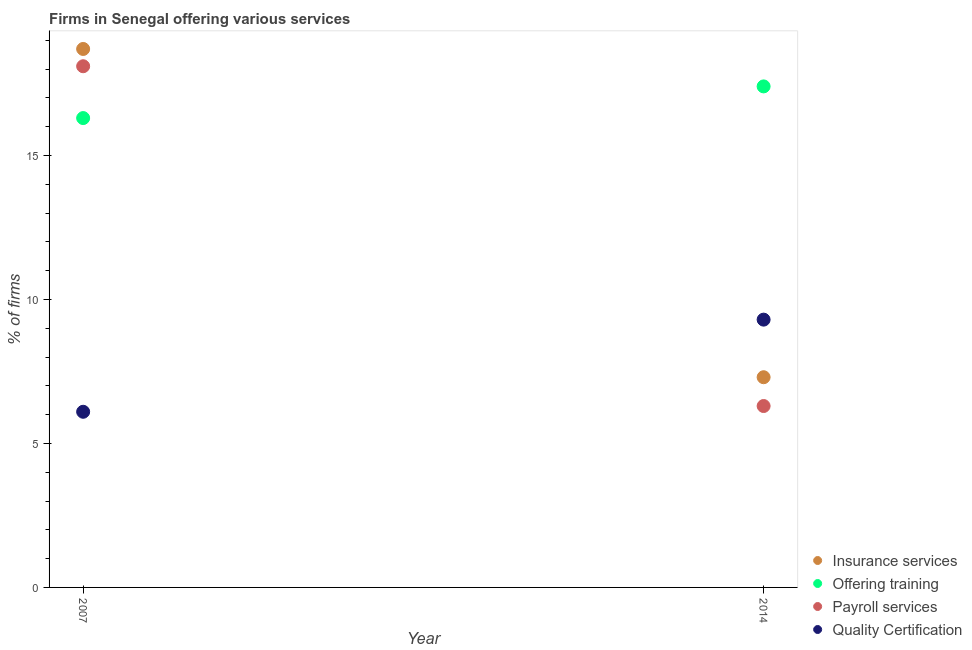
| Year | Insurance services | Offering training | Payroll services | Quality Certification |
 | --- | --- | --- | --- | --- |
 | 2007 | 18.7 | 16.3 | 18.1 | 6.1 |
 | 2014 | 7.3 | 17.4 | 6.3 | 9.3 |